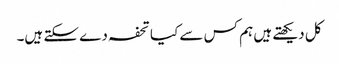
کل دیکھتے ہیں ہم کس سے کیا تحفہ دے سکتے ہیں۔